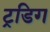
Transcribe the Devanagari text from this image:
ट्रडिग